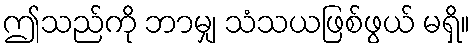
ဤသည်ကို ဘာမျှ သံသယဖြစ်ဖွယ် မရှိ။